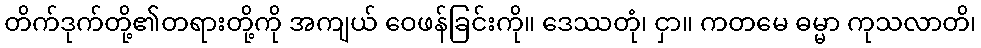
တိက်ဒုက်တို့၏တရားတို့ကို အကျယ် ဝေဖန်ခြင်းကို။ ဒေဿတုံ၊ ငှာ။ ကတမေ ဓမ္မာ ကုသလာတိ၊